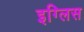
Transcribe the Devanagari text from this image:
इग्लिस